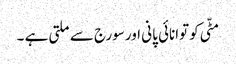
مٹّی کو توانائی پانی اور سورج سے ملتی ہے ۔